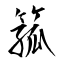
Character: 箛